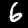
Label: 6